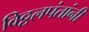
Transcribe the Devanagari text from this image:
विठ्ठलपंतांनी